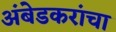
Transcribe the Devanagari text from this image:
अंबेडकरांचा